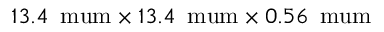
1 3 . 4 \, \mathrm { \ m u m } \times 1 3 . 4 \, \mathrm { \ m u m } \times 0 . 5 6 \, \mathrm { \ m u m }